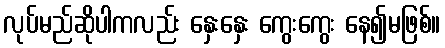
လုပ်မည်ဆိုပါကလည်း နှေးနှေး ကွေးကွေး နေ၍မဖြစ်။